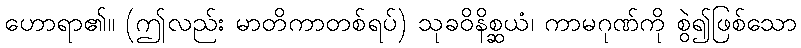
ဟောရာ၏။ (ဤလည်း မာတိကာတစ်ရပ်) သုခဝိနိစ္ဆယံ၊ ကာမဂုဏ်ကို စွဲ၍ဖြစ်သော